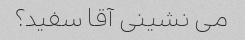
می نشینی آقا سفید؟